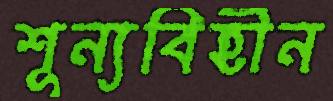
শূন্যবিহীন